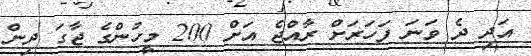
އަދި ދެ ވަނަ ފަހަރަށް ރާއްޖެ އަށް 200 މީހުންގެ ޖާގަ ދިން